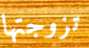
تزوجتها